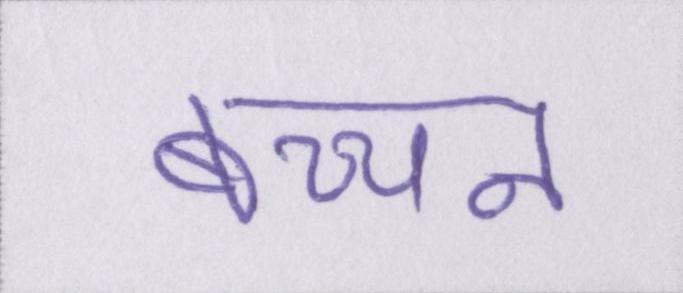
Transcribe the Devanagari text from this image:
बच्चन